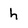
Character: h